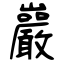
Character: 巖